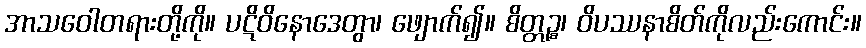
အာသဝေါတရားတို့ကို။ ပဋိဝိနောဒေတွာ၊ ဖျောက်၍။ စိတ္တဉ္စ၊ ဝိပဿနာစိတ်ကိုလည်းကောင်း။